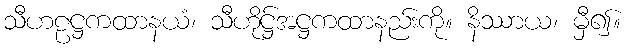
သီဟဠဋ္ဌကထာနယံ၊ သီဟိုဋ္ဌ်အဋ္ဌကထာနည်းကို။ နိဿာယ၊ မှီ၍။